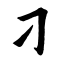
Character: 刁